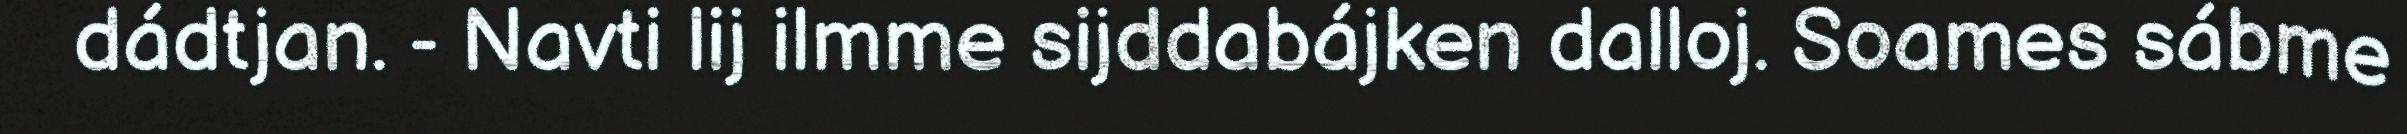
dádtjan. - Navti lij ilmme sijddabájken dalloj. Soames sábme